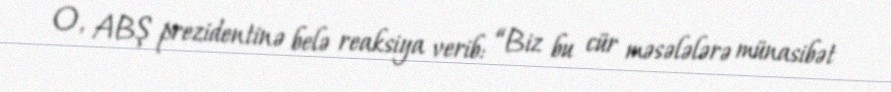
O, ABŞ prezidentinə belə reaksiya verib: “Biz bu cür məsələlərə münasibət